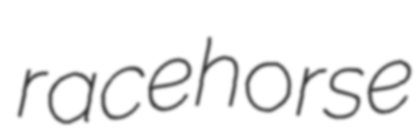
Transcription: racehorse